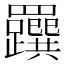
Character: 𦍂